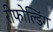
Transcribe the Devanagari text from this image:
रीफोल्डिंग